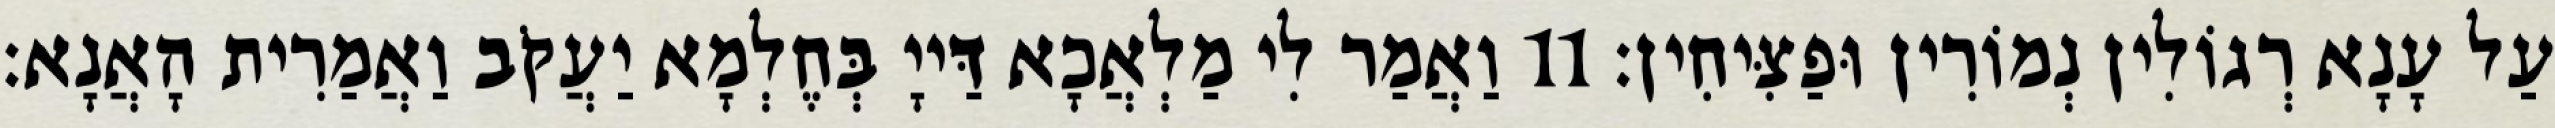
עַל עָנָא רְגוֹלִין נְמוֹרִין וּפַצִּיחִין׃ 11 וַאֲמַר לִי מַלְאֲכָא דַּייָ בְּחֶלְמָא יַעֲקֹב וַאֲמַרִית הָאֲנָא׃